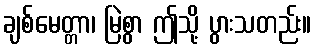
ချစ်မေတ္တာ၊ မြဲစွာ ဤသို့ ပွားသတည်း။